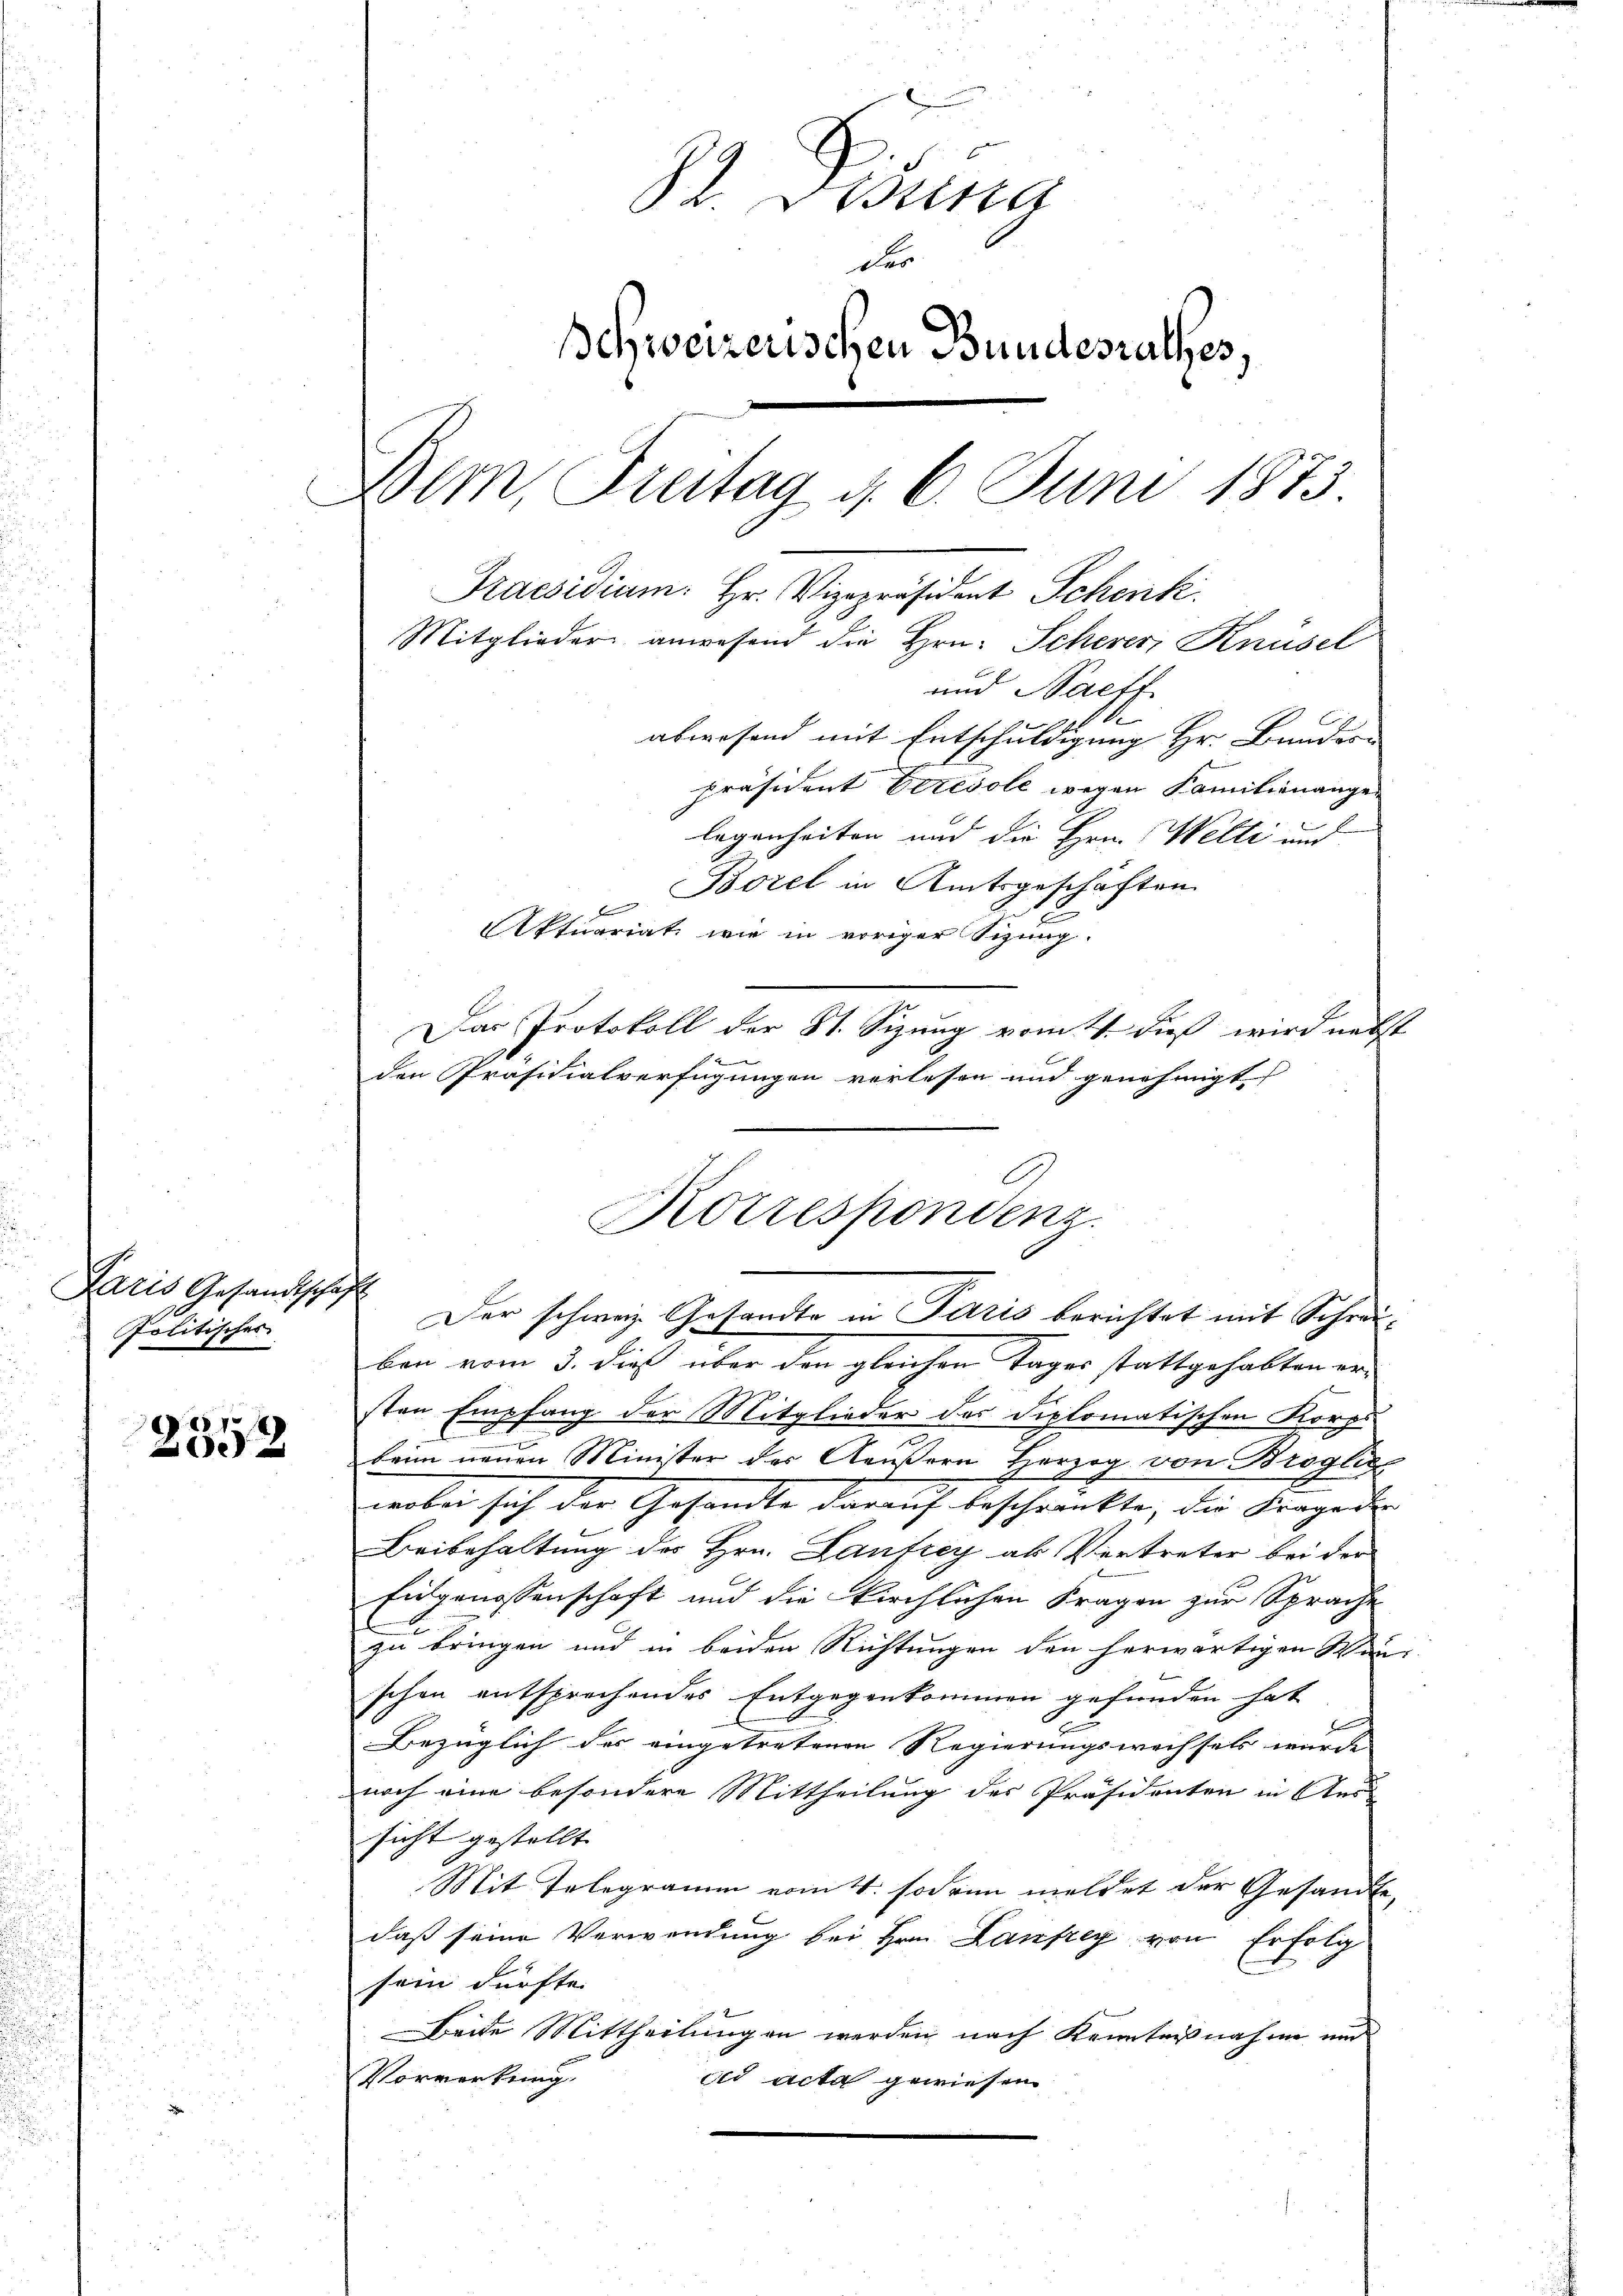
Paris Gesandtschaft
Politisches

2352

ben vom 3. dieß über den gleichen Tages stattgehabten ersten Empfang der Mitglieder des Diplomatischen Korps
d
beim neuen Minister des Aeußern Herzog von Broglic
werbei sich der Gesandte darauf beschränkte, die Fragende |
Beibehaltung des Hrn. Laufrey ab Vertreter bei der
Eigenossenschaft und die kirchlichen Fragen zur Sprache
zu bringen und in beiden Richtungen den herwärtigen Wan-
schen entsprechendes Entgegenkommen gefunden hat
Bezüglich der eingetretenen Regierungswechsels wurde
noch eine besondere Mittheilung des Präsidenten in Aussicht gestellt
Mit Telegramm vom 4. sodann meldet der Gesandte,
daß seine Verwendung bei Hrn. Laufrey von Erfolg
sein dürfte.
Beide Mittheilungen werden nach Kenntnißnahme und
Vormerkung.
ild acta gewiesen

82. Disena
des
Schweizerischen Bundesrathes,
Dem Breitag d. 6. Juni 1873
Praesidium. Hr. Vizepräsident Schenk
Mitglieder anwesend die Hrn. Scherer Knüsel
und Saeff.
abwesend mit Entschuldigung Hr. Bundes-
4
präsident beresole wegen Familienangelegenheiten und die Hrn. Welti und
Borel in Amtsgeschäften
b
Aktuariat wie in voriger Sizung.
Das Protokoll der St. Sizung komt dieß wird nebst
den Präsidialverfügungen verlesen und genehmigt

Korrespondenz.

Der schweiz. Gesandte in Paris berichtet mit Schrei¬